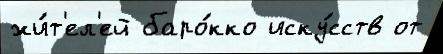
жи́т'ел'ей баро́кко иску́сств от